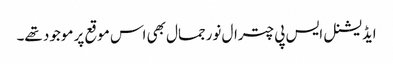
ایڈیشنل ایس پی چترال نورجمال بھی اس موقع پر موجود تھے۔